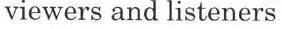
viewers and listeners